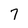
Character: 7